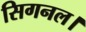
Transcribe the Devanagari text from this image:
सिगनल।